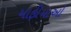
માફીયાઓ